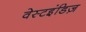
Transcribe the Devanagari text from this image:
वेस्टइंडिज़